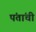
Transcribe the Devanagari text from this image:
पंतांची